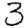
Digit: 3